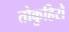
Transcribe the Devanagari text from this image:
तोकुहिरो